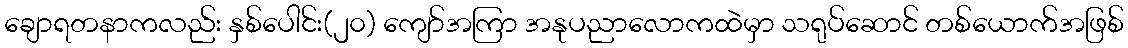
ချောရတနာကလည်း နှစ်ပေါင်း(၂၀) ကျော်အကြာ အနုပညာလောကထဲမှာ သရုပ်ဆောင် တစ်ယောက်အဖြစ်